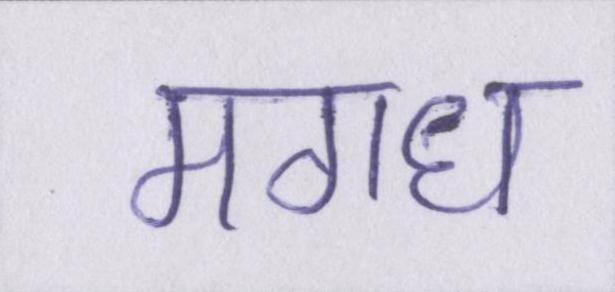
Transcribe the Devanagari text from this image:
मगध